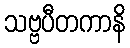
သဗ္ဗပီတကာနိ